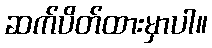
ဆက်ပိတ်ထားမှာပါ။